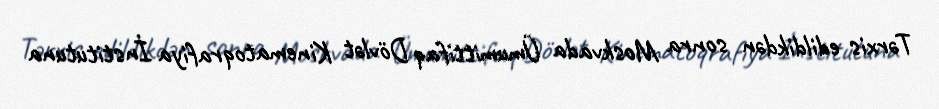
Tərxis edildikdən sonra Moskvada Ümumittifaq Dövlət Kinematoqrafiya İnstitutuna